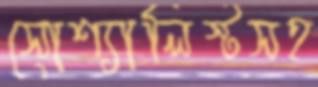
সোশ্যালিস্টসহ